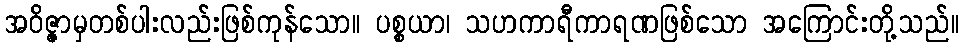
အဝိဇ္ဇာမှတစ်ပါးလည်းဖြစ်ကုန်သော။ ပစ္စယာ၊ သဟကာရီကာရဏဖြစ်သော အကြောင်းတို့သည်။